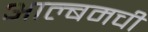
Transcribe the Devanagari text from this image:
आल्बमची